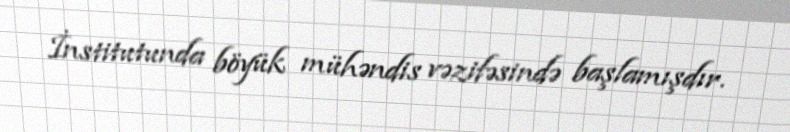
İnstitutunda böyük mühəndis vəzifəsində başlamışdır.